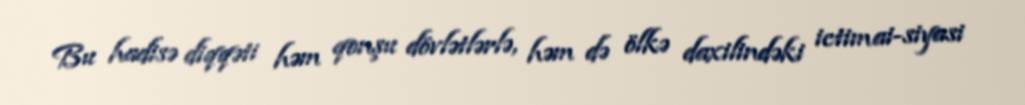
Bu hadisə diqqəti həm qonşu dövlətlərlə, həm də ölkə daxilindəki ictimai-siyasi